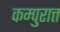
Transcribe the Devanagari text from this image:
कम्पुरात्त